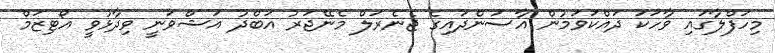
މިހަފްލާގައި ވާހަކަ ދައްކަވަމުން އާސަންދައިގެ ޖެނެރަލް މެނޭޖަރު އަބްދު އަޝްވަނީ ވިދާޅުވީ އޯޓިޒަމް